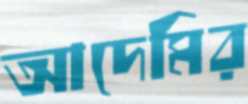
আদেমির